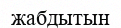
жабдытын